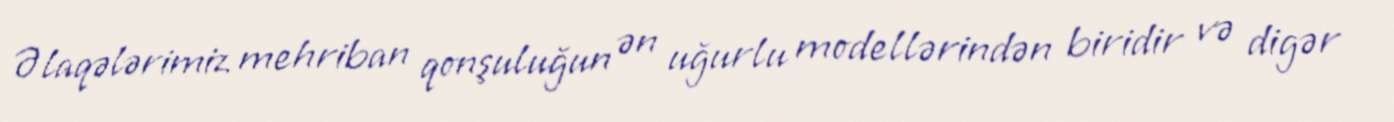
Əlaqələrimiz mehriban qonşuluğun ən uğurlu modellərindən biridir və digər